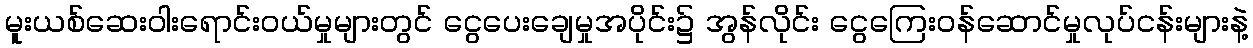
မူးယစ်ဆေးဝါးရောင်းဝယ်မှုများတွင် ငွေပေးချေမှုအပိုင်း၌ အွန်လိုင်း ငွေကြေးဝန်ဆောင်မှုလုပ်ငန်းများနဲ့